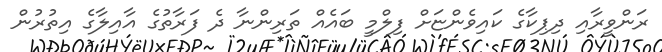
ރަންވީރާއި ދިޕިކާގެ ކައިވެންޏަށް ފިލްމީ ބައެއް ތަރިންނާ ދެ ފަރާތުގެ އާއިލާގެ އިތުރުން